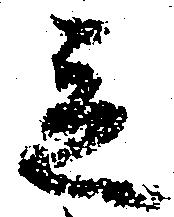
立